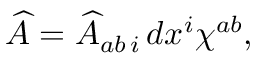
\widehat { A } = \widehat { A } _ { a b \, i } \, d x ^ { i } \chi ^ { a b } ,